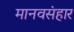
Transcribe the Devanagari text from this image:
मानवसंहार